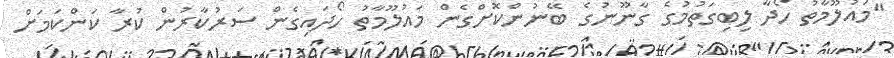
"މައުލޫމާތު ހޯދާ ލިބިގަތުމުގެ ގާނޫނުގެ ބޭނުންކޮށްގެން މައުލޫމާތު ހޯދައިގެން ސަރުކާރުން ކުރާ ކަންކަމަށް